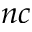
n c